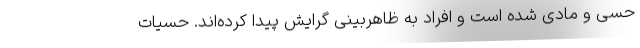
حسی و مادی شده‌ است و افراد به ظاهربینی گرایش پیدا کرده‌اند. حسیات